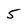
Character: 5